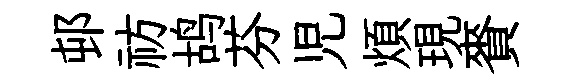
邨祊鸪芬児煩現賚